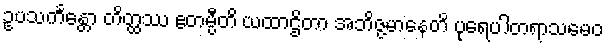
ဥပသင်္ကန္တော တိတ္ထဿ ဧတမ္ပီတိ ယထာဌိတာ အဘိဇ္ဇမာနေတိ ပုရေပါတရာသမေဝ